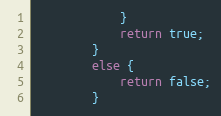
Language: Java
			}
			return true;
		}
		else {
			return false;
		}